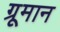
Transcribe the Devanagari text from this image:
ग्रूमान